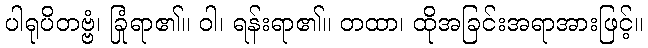
ပါရုပိတဗ္ဗံ၊ ခြုံရာ၏။ ဝါ၊ ရန်းရာ၏။ တထာ၊ ထိုအခြင်းအရာအားဖြင့်။